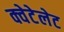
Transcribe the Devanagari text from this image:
क्वेटेलेट